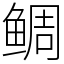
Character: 鲷